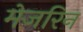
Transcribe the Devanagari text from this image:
मेजरिन